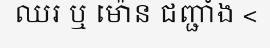
ឈរ ឬ ម៉ោន ជញ្ជាំង <